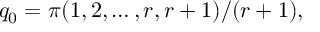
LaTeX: q _ { 0 } = \pi ( 1 , 2 , \ldots , r , r + 1 ) / ( r + 1 ) ,